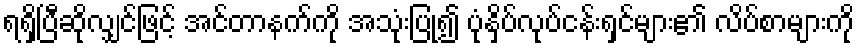
ရရှိပြီဆိုလျှင်ဖြင့် အင်တာနက်ကို အသုံးပြု၍ ပုံနှိပ်လုပ်ငန်းရှင်များ၏ လိပ်စာများကို